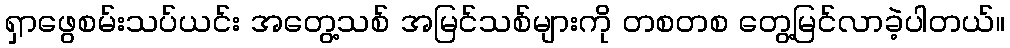
ရှာဖွေစမ်းသပ်ယင်း အတွေ့သစ် အမြင်သစ်များကို တစတစ တွေ့မြင်လာခဲ့ပါတယ်။